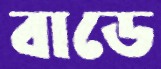
বাডে